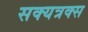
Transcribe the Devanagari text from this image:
सक्यत्रक्स